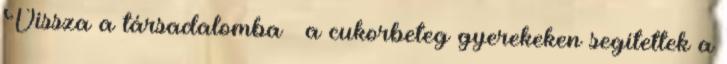
Vissza a társadalomba – a cukorbeteg gyerekeken segítettek a